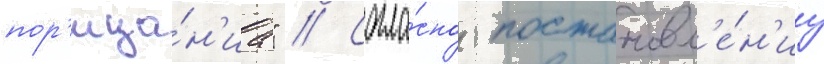
пор'ица́н'иа" // Согла́сно постановл'е́н'иу